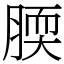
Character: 腝